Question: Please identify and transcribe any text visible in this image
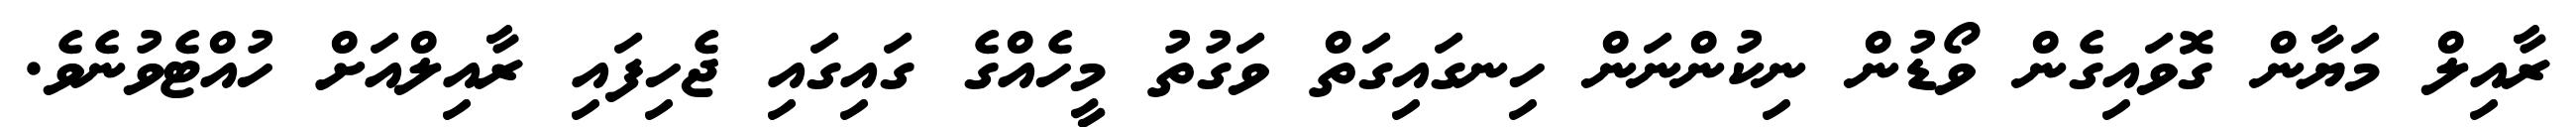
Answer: ރާއިލް މަޔާން ގޮވައިގެން ވޯޑުން ނިކުންނަން ހިނގައިގަތް ވަގުތު މީހެއްގެ ގައިގައި ޖެހިފައި ރާއިލްއަށް ހުއްޓެވުނެވެ.